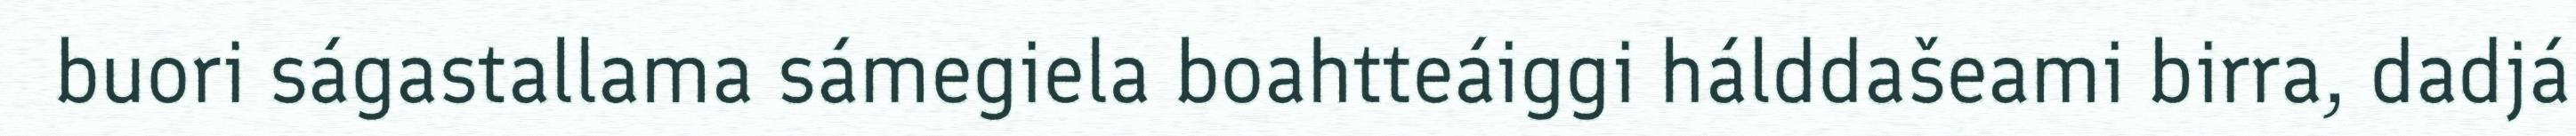
buori ságastallama sámegiela boahtteáiggi hálddašeami birra, dadjá